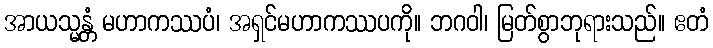
အာယသ္မန္တံ မဟာကဿပံ၊ အရှင်မဟာကဿပကို။ ဘဂဝါ၊ မြတ်စွာဘုရားသည်။ ဧတံ